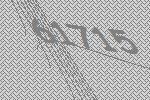
61715